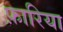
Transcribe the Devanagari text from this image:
फ़ारिया